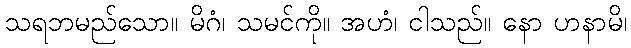
သရဘမည်သော။ မိဂံ၊ သမင်ကို။ အဟံ၊ ငါသည်။ နော ဟနာမိ၊